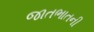
જાતભાતની